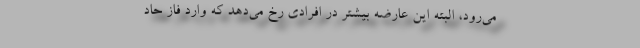
می‌رود، البته این عارضه بیشتر در افرادی رخ می‌دهد که وارد فاز حاد